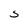
Character: S